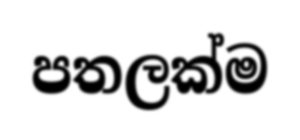
පතලක්ම